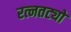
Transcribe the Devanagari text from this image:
रत्नतट्यो